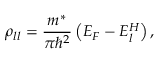
{ \rho } _ { l l } = \frac { m ^ { * } } { \pi { \hbar } ^ { 2 } } \left( E _ { F } - E _ { l } ^ { H } \right) ,